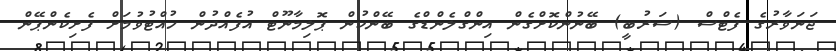
ޖަނަވާރުގެ ފެޓްސް (ސަރުބީ) ބޭނުންކޮށްގެން އިންގްލެންޑްގެ ބޭންކުން ޕޮލިމާނޫޓް އުފެއްދުން ހުއްޓުވުމަަށް ފެށިކެންޕޭން